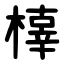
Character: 橭